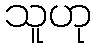
သူဟု